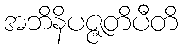
အဘိနိပဇ္ဇတိပီတိ